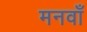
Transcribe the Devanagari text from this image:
मनवाँ